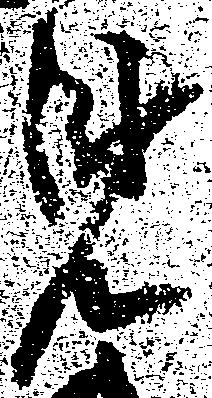
見